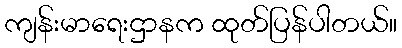
ကျန်းမာရေးဌာနက ထုတ်ပြန်ပါတယ်။